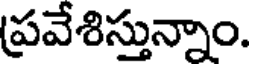
ప్రవేశిస్తున్నాం.